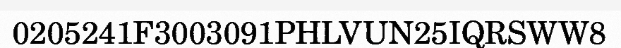
0205241F3003091PHLVUN25IQRSWW8